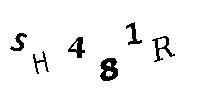
SH481R